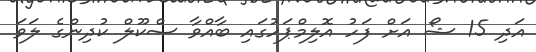
އަދި 15 ޝޯ އަށް ފަހު އޮލިމްޕަހުގައި ބާއްވާ ސްކޫލް ކުދިންގެ ލަވަ